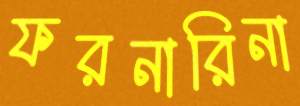
ফরনারিনা